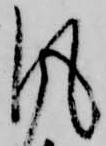
風